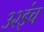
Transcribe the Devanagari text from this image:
३२इंच